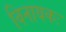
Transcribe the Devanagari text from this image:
विनायकः